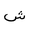
Letter: _shin